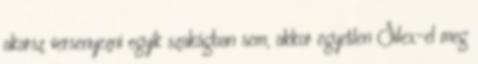
akarsz versenyezni egyik szakágban sem, akkor egyetlen Silex-el meg